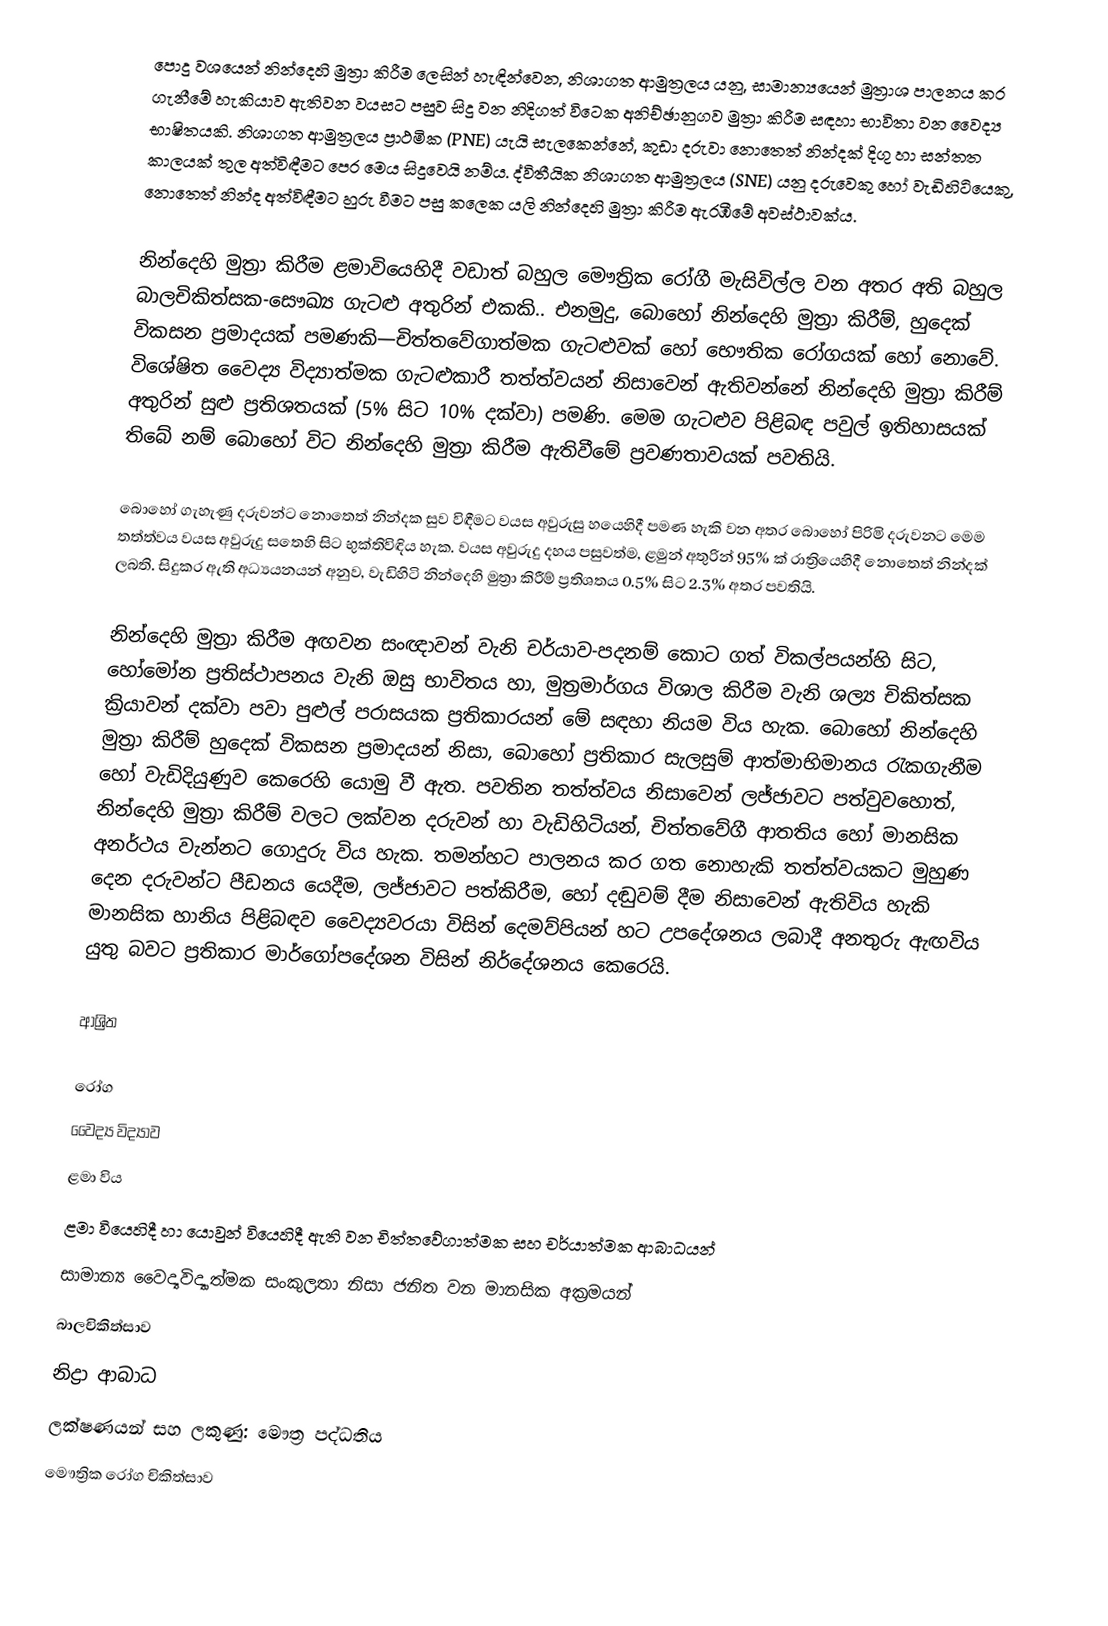
පොදු වශයෙන් නින්දෙහි මුත්‍රා කිරීම ලෙසින් හැඳින්වෙන,   නිශාගත ආමුත්‍රලය යනු, සාමාන්‍යයෙන් මුත්‍රාශ පාලනය කර ගැනීමේ හැකියාව ඇතිවන වයසට පසුව සිදු වන නිදිගත් විටෙක  අනිච්ඡානුගව මුත්‍රා කිරීම  සඳහා භාවිතා වන වෛද්‍ය භාෂිතයකි. නිශාගත ආමුත්‍රලය  ප්‍රාථමික (PNE) යැයි සැලකෙන්නේ, කුඩා දරුවා  නොතෙත් නින්දක් දිගු හා සන්තත කාලයක් තුල අත්විඳීමට පෙර මෙය සිදුවෙයි නම්ය. ද්විතීයික නිශාගත ආමුත්‍රලය (SNE) යනු දරුවෙකු හෝ වැඩිහිටියෙකු, නොතෙත් නින්ද අත්විඳීමට හුරු වීමට පසු කලෙක යලි නින්දෙහි මුත්‍රා කිරීම ඇරඹීමේ අවස්ථාවක්ය.

නින්දෙහි මුත්‍රා කිරීම ළමාවියෙහිදී වඩාත් බහුල මෞත්‍රික රෝගී  මැසිවිල්ල වන අතර  අති බහුල  බාලචිකිත්සක-සෞඛ්‍ය ගැටළු අතුරින් එකකි.. එනමුදු, බොහෝ නින්දෙහි මුත්‍රා කිරීම්, හුදෙක් විකසන ප්‍රමාදයක් පමණකි—චිත්තවේගාත්මක ගැටළුවක් හෝ භෞතික රෝගයක් හෝ නොවේ. විශේෂිත වෛද්‍ය විද්‍යාත්මක ගැටළුකාරී තත්ත්වයන් නිසාවෙන් ඇතිවන්නේ නින්දෙහි මුත්‍රා කිරීම් අතුරින් සුළු ප්‍රතිශතයක් (5% සිට 10% දක්වා) පමණි.  මෙම ගැටළුව පිළිබඳ පවුල් ඉතිහාසයක් තිබේ නම් බොහෝ විට නින්දෙහි මුත්‍රා කිරීම ඇතිවීමේ ප්‍රවණතාවයක් පවතියි.

‍බොහෝ ගැහැණු දරුවන්ට නොතෙත් නින්දක සුව විඳීමට වයස අවුරුසු හයෙහිදී පමණ හැකි වන අතර බොහෝ පිරිමි දරුවනට මෙම තත්ත්වය වයස අවුරුදු සතෙහි සිට භුක්තිවිඳිය හැක. වයස අවුරුදු දහය පසුවත්ම, ළමුන් අතුරින් 95% ක් රාත්‍රියෙහිදී නොතෙත් නින්දක් ලබති. සිදුකර ඇති අධ්‍යයනයන් අනුව, වැඩිහිටි නින්දෙහි මුත්‍රා කිරීම් ප්‍රතිශතය 0.5% සිට 2.3% අතර පවතියි.

 නින්දෙහි මුත්‍රා කිරීම අඟවන සංඥාවන් වැනි චර්යාව-පදනම් කොට ගත් විකල්පයන්හි සිට, හෝමෝන ප්‍රතිස්ථාපනය වැනි ඔසු භාවිතය හා, මුත්‍රමාර්ගය විශාල කිරීම වැනි ශල්‍ය චිකිත්සක ක්‍රියාවන් දක්වා පවා පුළුල් පරාසයක ප්‍රතිකාරයන් මේ සඳහා නියම විය හැක. බොහෝ නින්දෙහි මුත්‍රා කිරීම් හුදෙක් විකසන ප්‍රමාදයන් නිසා, බොහෝ ප්‍රතිකාර සැලසුම් ආත්මාභිමානය රැකගැනීම හෝ වැඩිදියුණුව කෙරෙහි යොමු වී ඇත. පවතින තත්ත්වය නිසාවෙන් ලජ්ජාවට පත්වුවහොත්, නින්දෙහි මුත්‍රා කිරීම් වලට ලක්වන දරුවන් හා වැඩිහිටියන්,  චිත්තවේගී ආතතිය හෝ මානසික අනර්ථය වැන්නට ගොදුරු විය හැක. තමන්හට පාලනය කර ගත නොහැකි තත්ත්වයකට මුහුණ දෙන දරුවන්ට පීඩනය යෙදීම, ලජ්ජාවට පත්කිරීම, හෝ දඬුවම් දීම නිසාවෙන් ඇතිවිය හැකි මානසික හානිය පිළිබඳව වෛද්‍යවරයා විසින් දෙමව්පියන් හට උපදේශනය ලබාදී අනතුරු ඇඟවිය යුතු බවට ප්‍රතිකාර මාර්ගෝපදේශන විසින් නිර්දේශනය කෙරෙයි.

ආශ්‍රිත

රෝග
වෛද්‍ය විද්‍යාව
ළමා විය
ළමා වියෙහිදී හා යොවුන් වියෙහිදී ඇති වන චිත්තවේගාත්මක සහ චර්යාත්මක ආබාධයන්
සාමාන්‍ය වෛද්‍යවිද්‍යාත්මක සංකුලතා නිසා ජනිත වන මානසික අක්‍රමයන්
බාලචිකිත්සාව
නිද්‍රා ආබාධ
ලක්ෂණයන් සහ ලකුණු: මෞත්‍ර පද්ධතිය
මෞත්‍රික රෝග චිකිත්සාව